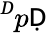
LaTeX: ^Ḋp\mathsf{Ḍ}